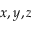
x , y , z